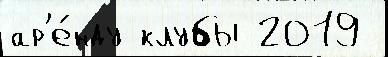
ар'е́нду клубы 2019